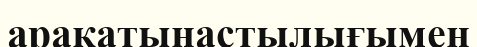
арақатынастылығымен